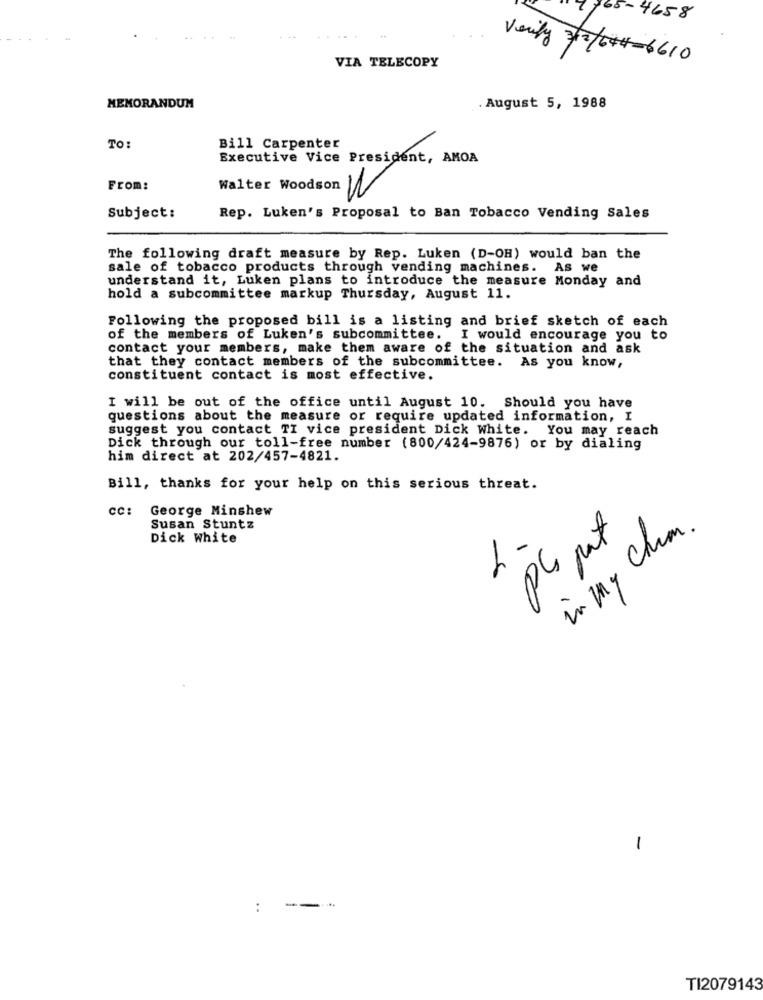
65-4658
VIA TELECOPY
Verify 313/644-6610
MEMORANDUM
. August 5, 1988
TO:
Bill Carpenter
Executive Vice President, AMOA
From:
Walter Woodson WN
Subject:
Rep. Luken's Proposal to Ban Tobacco Vending Sales
The following draft measure by Rep. Luken (D-OH) would ban the
sale of tobacco products through vending machines. As we
understand it, Luken plans to introduce the measure Monday and
hold a subcommittee markup Thursday, August 11.
Following the proposed bill is a listing and brief sketch of each
of the members of Luken's subcommittee. I would encourage you to
contact your members, make them aware of the situation and ask
that they contact members of the subcommittee. As you know,
constituent contact is most effective.
I will be out of the office until August 10. Should you have
questions about the measure or require updated information, I
suggest you contact TI vice president Dick White. You may reach
Dick through our toll-free number (800/424-9876) or by dialing
him direct at 202/457-4821.
Bill, thanks for your help on this serious threat.
CC:
George Minshew
Susan Stuntz
in my Chem.
Dick White
pla put
-
:
---
TI2079143